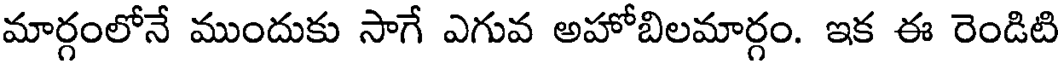
మార్గంలోనే ముందుకు సాగే ఎగువ అహోబిలమార్గం. ఇక ఈ రెండిటి